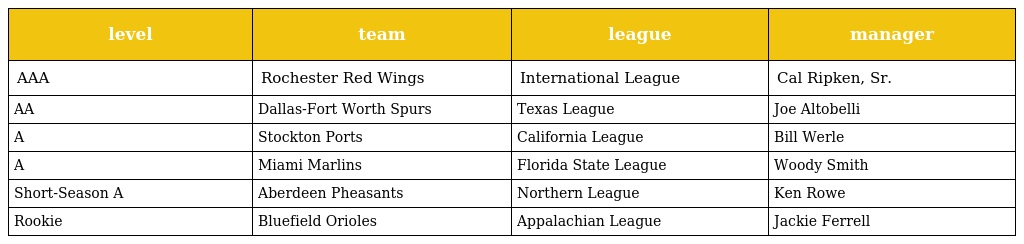
| level | team | league | manager |
 | --- | --- | --- | --- |
 | AAA | Rochester Red Wings | International League | Cal Ripken, Sr. |
 | AA | Dallas-Fort Worth Spurs | Texas League | Joe Altobelli |
 | A | Stockton Ports | California League | Bill Werle |
 | A | Miami Marlins | Florida State League | Woody Smith |
 | Short-Season A | Aberdeen Pheasants | Northern League | Ken Rowe |
 | Rookie | Bluefield Orioles | Appalachian League | Jackie Ferrell |